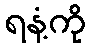
ရနံ့ကို